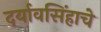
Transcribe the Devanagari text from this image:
दर्यावसिंहाचे